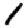
Digit: 1